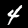
Digit: 4